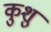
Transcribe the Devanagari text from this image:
कुशु